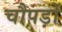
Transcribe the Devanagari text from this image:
चौपड़ों